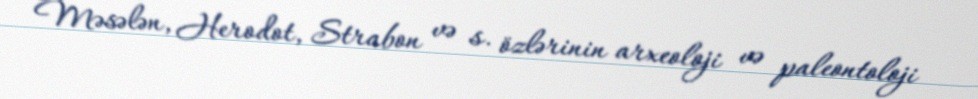
Məsələn, Herodot, Strabon və s. özlərinin arxeoloji və paleontoloji